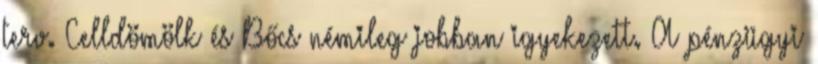
terv. Celldömölk és Bőcs némileg jobban igyekezett. A pénzügyi